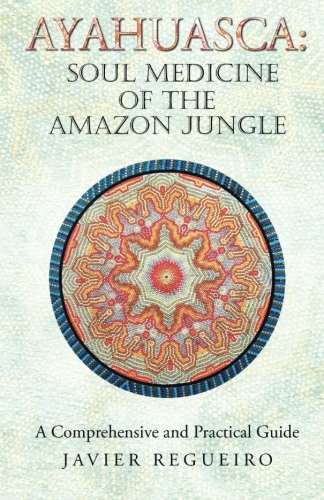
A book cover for Ayahuasca: Soul Medicine of the Amazon Jungle: A Comprehensive and Practical Guide; Javier Regueiro; Religion & Spirituality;